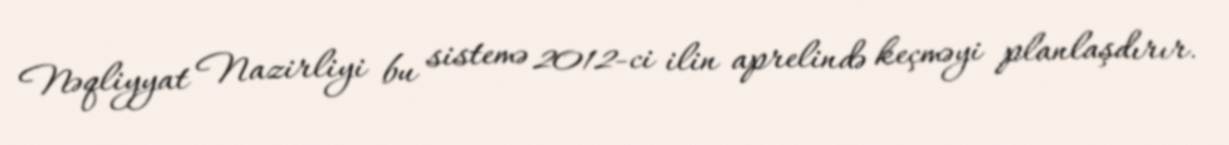
Nəqliyyat Nazirliyi bu sistemə 2012-ci ilin aprelində keçməyi planlaşdırır.